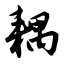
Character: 耦